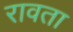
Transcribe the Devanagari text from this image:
रावता